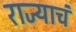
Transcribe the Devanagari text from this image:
राज्याचं